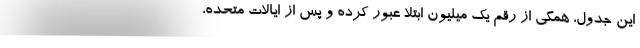
این جدول، همگی از رقم یک میلیون ابتلا عبور کرده‌ و پس از ایالات متحده،